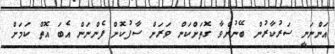
އަންނަނީ ސަރުކާރުން ބޭނުންވާ ގޮތަށްކަން ވަރަށް ސާފުކޮށް ފެންނަން އެބަ އޮތް ކަމަށް